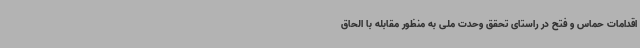
اقدامات حماس و فتح در راستای تحقق وحدت ملی به منظور مقابله با الحاق